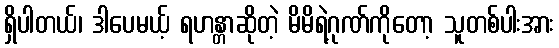
ရှိပါတယ်၊ ဒါပေမယ့် ရဟန္တာဆိုတဲ့ မိမိရဲ့ဂုဏ်ကိုတော့ သူတစ်ပါးအား